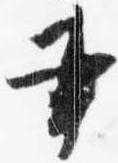
書